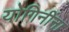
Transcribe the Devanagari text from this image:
योगिनींना